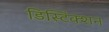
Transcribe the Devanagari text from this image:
डिस्टिंंक्शन